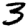
Digit: 3